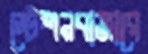
স্টেশনবাজারে